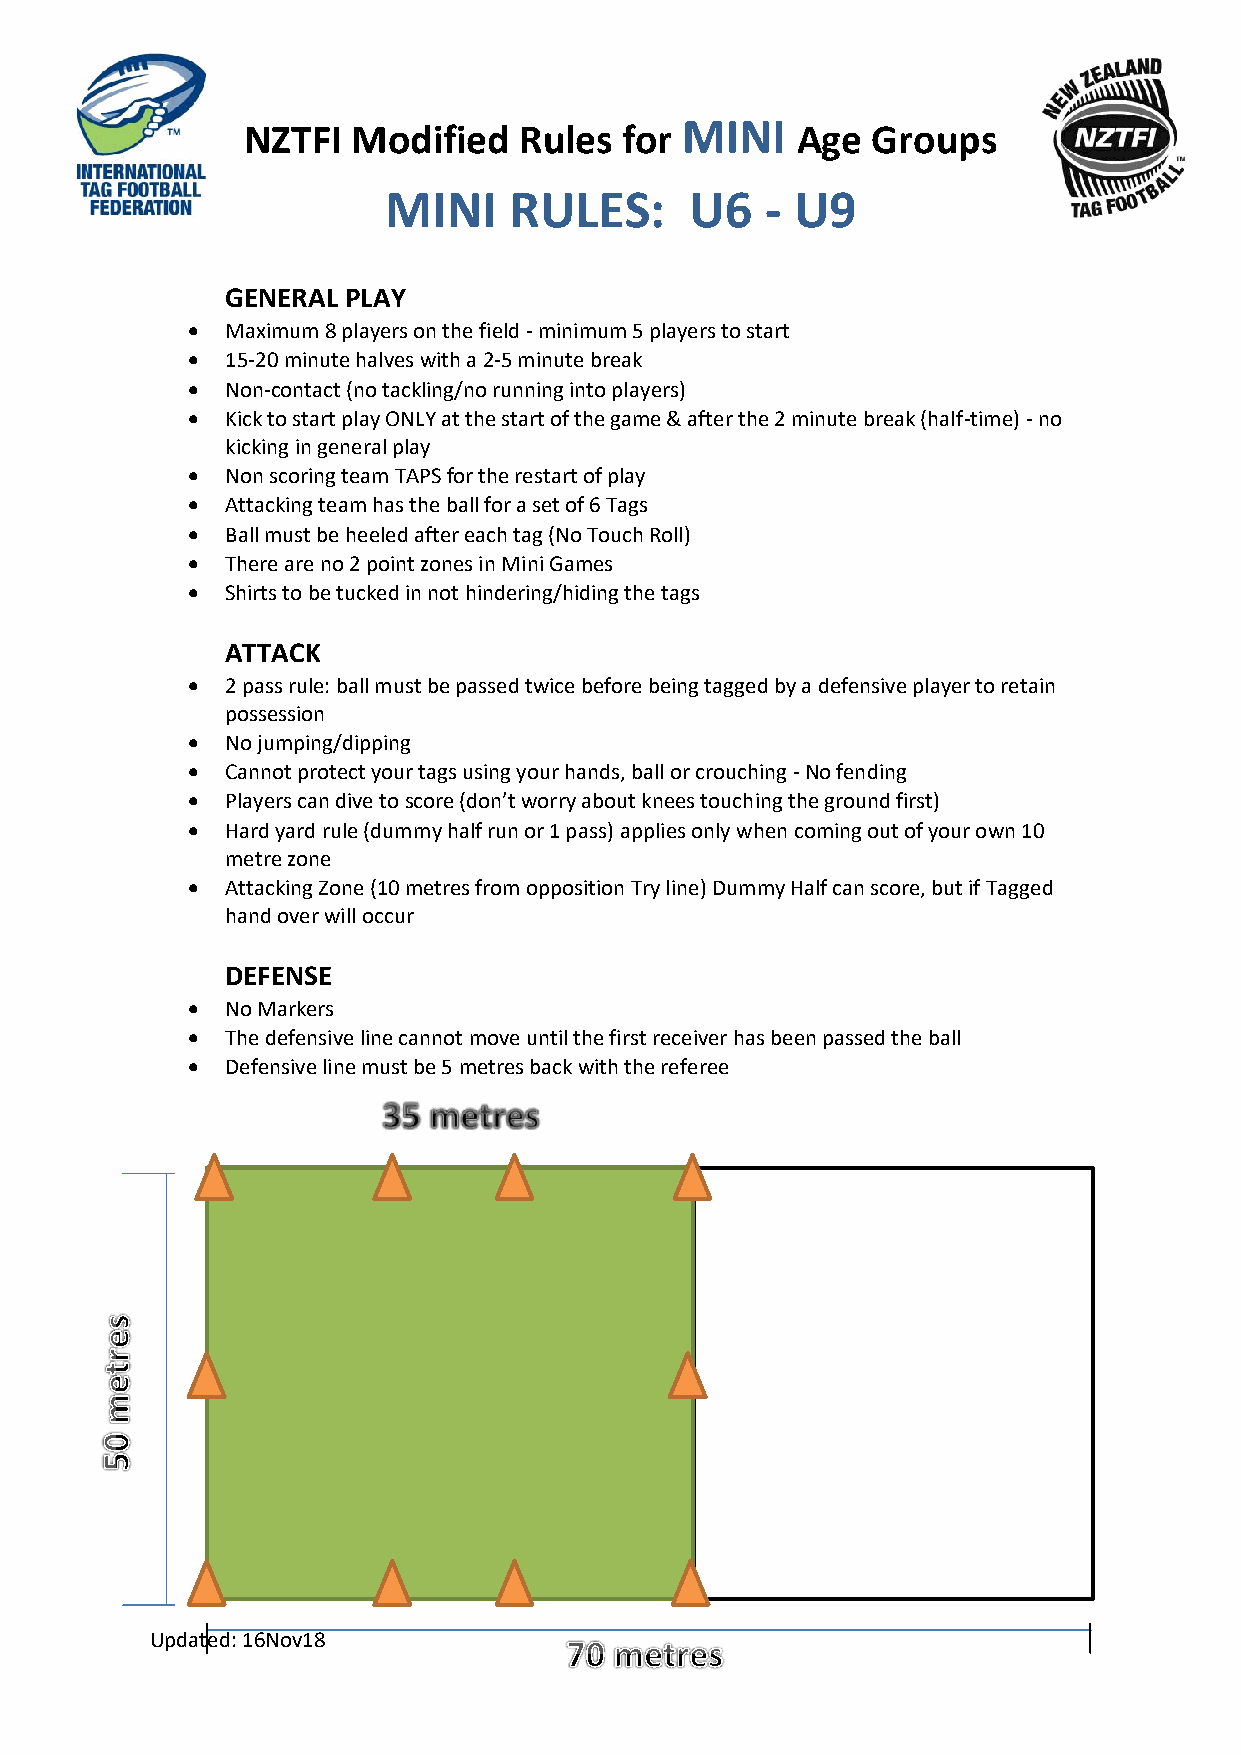
NZTFI  Modified   Rules  for MINI    Age  Groups
 MINI     RULES:      U6   - U9
 GENERAL PLAY
 •  Maximum 8 players on the field - minimum 5 players to start
 •  15-20 minute halves with a 2-5 minute break
 •  Non-contact (no tackling/no running into players)
 •  Kick to start play ONLY at the start of the game & after the 2 minute break (half-time) - no
 kicking in general play
 •  Non scoring team TAPS for the restart of play
 •  Attacking team has the ball for a set of 6 Tags
 •  Ball must be heeled after each tag (No Touch Roll)
 •  There are no 2 point zones in Mini Games
 •  Shirts to be tucked in not hindering/hiding the tags
 ATTACK
 •  2 pass rule: ball must be passed twice before being tagged by a defensive player to retain
 possession
 •  No jumping/dipping
 •  Cannot protect your tags using your hands, ball or crouching - No fending
 •  Players can dive to score (don’t worry about knees touching the ground first)
 •  Hard yard rule (dummy half run or 1 pass) applies only when coming out of your own 10
 metre zone
 •  Attacking Zone (10 metres from opposition Try line) Dummy Half can score, but if Tagged
 hand over will occur
 DEFENSE
 •  No Markers
 •  The defensive line cannot move until the first receiver has been passed the ball
 •  Defensive line must be 5 metres back with the referee
 Updated: 16Nov18